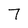
Character: 7